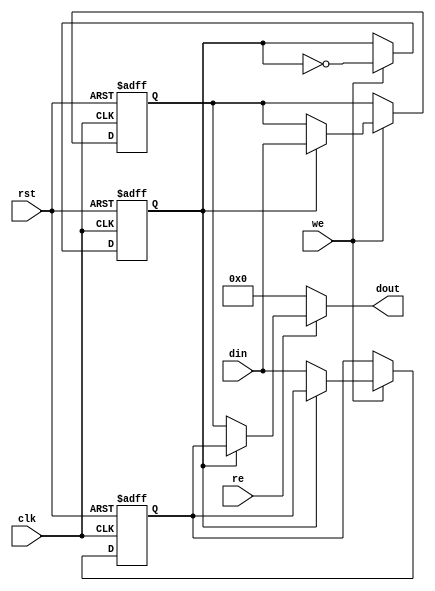
module DoubleBufferRegister (
    input wire clk,          // Clock signal
    input wire rst,          // Reset signal
    input wire we,           // Write Enable
    input wire re,           // Read Enable
    input wire [N-1:0] din,  // Data Input
    output reg [N-1:0] dout  // Data Output
);
    parameter N = 8; // Width of the data bus

    // Internal registers for the two buffers
    reg [N-1:0] buffer_a;
    reg [N-1:0] buffer_b;

    // State variable to track the active buffer
    reg active_buffer; // 0 for buffer_a, 1 for buffer_b

    // Sequential logic for capturing data on clock edge
    always @(posedge clk or posedge rst) begin
        if (rst) begin
            // Reset both buffers to zero
            buffer_a <= {N{1'b0}};
            buffer_b <= {N{1'b0}};
            active_buffer <= 1'b0; // Start with buffer_a as active
        end else if (we) begin
            // Write data to the inactive buffer
            if (active_buffer == 1'b0) begin
                buffer_a <= din; // Write to buffer A
            end else begin
                buffer_b <= din; // Write to buffer B
            end
            // Toggle the active buffer
            active_buffer <= ~active_buffer;
        end
    end

    // Combinational logic for output based on read enable
    always @(*) begin
        if (re) begin
            // Output the data from the currently active buffer
            if (active_buffer == 1'b0) begin
                dout = buffer_b; // Read from buffer B when A is active
            end else begin
                dout = buffer_a; // Read from buffer A when B is active
            end
        end else begin
            dout = {N{1'b0}}; // If RE is low, output zero
        end
    end

endmodule